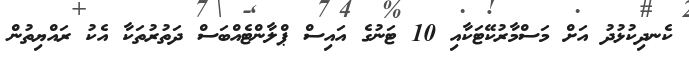
ކެނދިކުޅުދު އަށް މަސްމާރުކޭޓަކާއި 10 ޓަނުގެ އައިސް ޕްލާންޓެއްބަސް ދަތުރުތަކާ އެކު ރައްޔިތުން